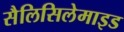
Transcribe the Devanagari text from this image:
सैलिसिलेमाइड